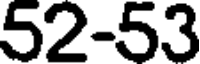
52-53